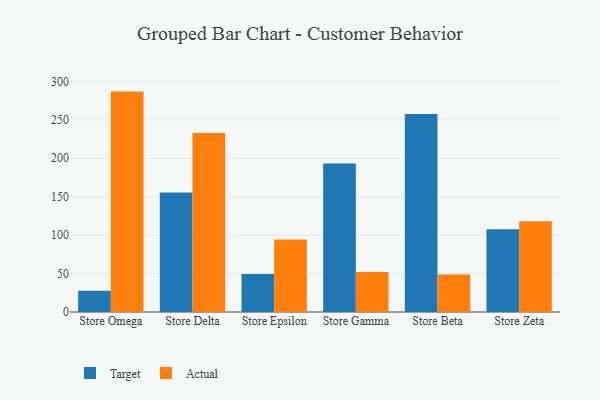
{"axis": {"x": "Store", "y": "Demand Index"}, "legend": ["Actual", "Target"], "data": [{"x": "Store Omega", "y": 27.5, "type": "Target"}, {"x": "Store Omega", "y": 286.7, "type": "Actual"}, {"x": "Store Delta", "y": 155.5, "type": "Target"}, {"x": "Store Delta", "y": 232.7, "type": "Actual"}, {"x": "Store Epsilon", "y": 49.5, "type": "Target"}, {"x": "Store Epsilon", "y": 94.3, "type": "Actual"}, {"x": "Store Gamma", "y": 193.1, "type": "Target"}, {"x": "Store Gamma", "y": 52.0, "type": "Actual"}, {"x": "Store Beta", "y": 257.4, "type": "Target"}, {"x": "Store Beta", "y": 48.7, "type": "Actual"}, {"x": "Store Zeta", "y": 107.5, "type": "Target"}, {"x": "Store Zeta", "y": 118.2, "type": "Actual"}]}